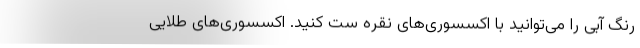
رنگ آبی را می‌توانید با اکسسوری‌های نقره ست کنید. اکسسوری‌های طلایی